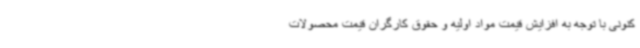
کنونی با توجه به افزایش قیمت مواد اولیه و حقوق کارگران قیمت محصولات